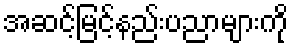
အဆင့်မြင့်နည်းပညာများကို